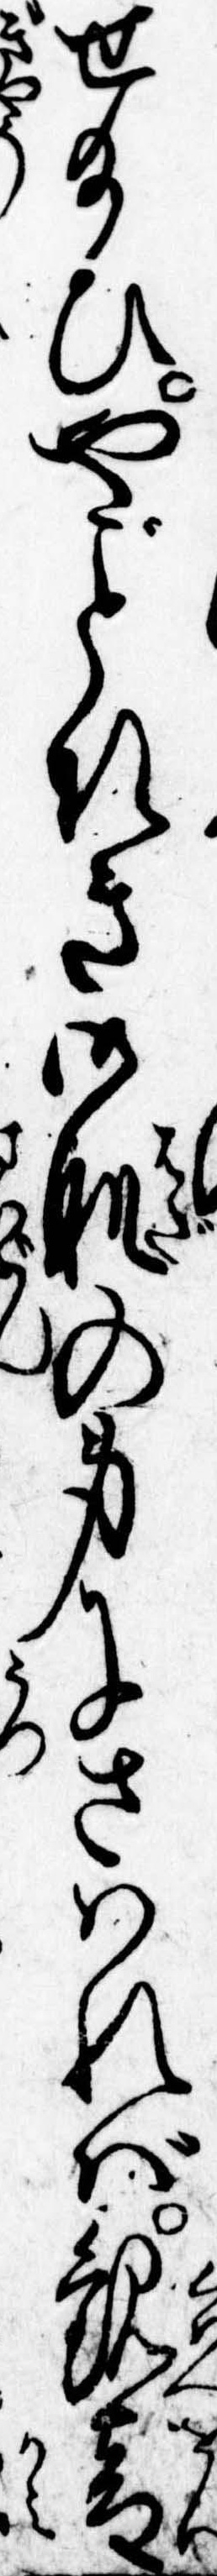
せ給ひやなき御肌の身にさはれば観音